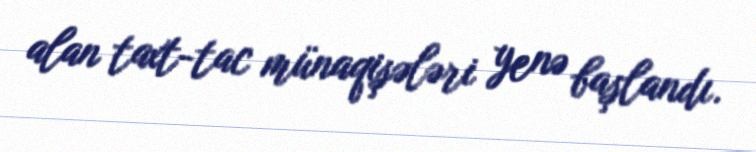
alan taxt-tac münaqişələri yenə başlandı.